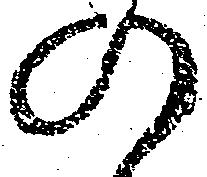
の